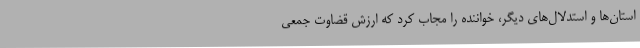
استان‌ها و استدلال‌های دیگر، خواننده را مجاب کرد که ارزش قضاوت جمعی